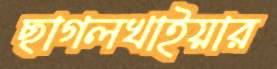
ছাগলখাইয়ার